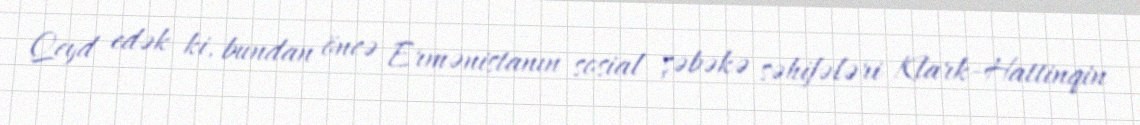
Qeyd edək ki, bundan öncə Ermənistanın sosial şəbəkə səhifələri Klark-Hattinqin